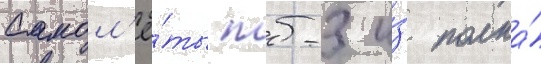
Самол'ё́ты тб-3 и́з полка́